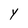
Character: Y